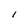
Character: I